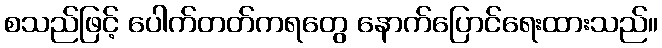
စသည်ဖြင့် ပေါက်တတ်ကရတွေ နောက်ပြောင်ရေးထားသည်။